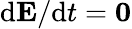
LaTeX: \textrm{d}\mathbf{E}/\textrm{d}t=\mathbf{0}